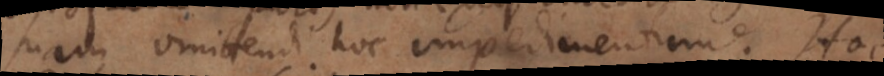
suam omittendi hoc impedimentum. Hoc